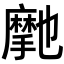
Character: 𭢽